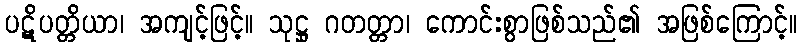
ပဋိပတ္တိယာ၊ အကျင့်ဖြင့်။ သုဋ္ဌု ဂတတ္တာ၊ ကောင်းစွာဖြစ်သည်၏ အဖြစ်ကြောင့်။